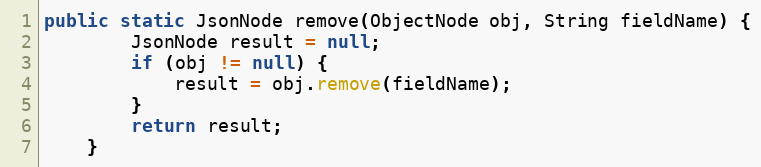
Language: Java
public static JsonNode remove(ObjectNode obj, String fieldName) {
		JsonNode result = null;
		if (obj != null) {
			result = obj.remove(fieldName);
		}
		return result;
	}